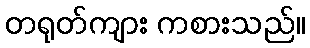
တရုတ်ကျား ကစားသည်။